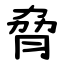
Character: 脅